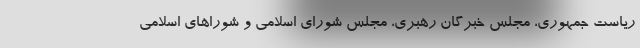
ریاست جمهوری، مجلس خبرگان رهبری‌، مجلس شورای اسلامی و شوراهای اسلامی